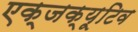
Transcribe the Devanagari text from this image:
एक्जक्यूटिव